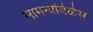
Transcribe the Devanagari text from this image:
सामन्यांवेळेस